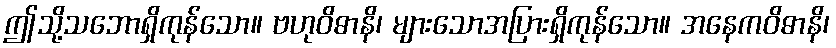
ဤသို့သဘောရှိကုန်သော။ ဗဟုဝိဓာနိ၊ များသောအပြားရှိကုန်သော။ အနေကဝိဓာနိ၊